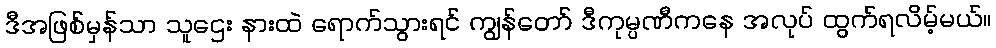
ဒီအဖြစ်မှန်သာ သူဌေး နားထဲ ရောက်သွားရင် ကျွန်တော် ဒီကုမ္ပဏီကနေ အလုပ် ထွက်ရလိမ့်မယ်။